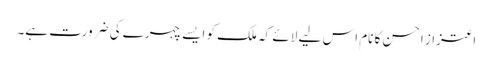
اعتزاز احسن کا نام اس لیے لائے کہ ملک کو ایسے چہرے کی ضرورت ہے۔